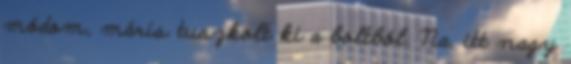
módom, máris tuszkolt ki a boltból. Na, itt nagy